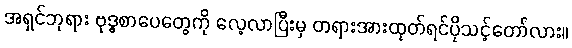
အရှင်ဘုရား ဗုဒ္ဓစာပေတွေကို လေ့လာပြီးမှ တရားအားထုတ်ရင်ပိုသင့်တော်လား။